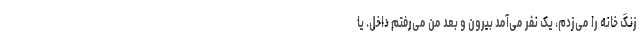
زنگ خانه را می‌زدم، یک نفر می‌آمد بیرون و بعد من می‌رفتم داخل. یا